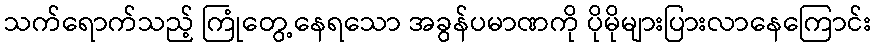
သက်ရောက်သည့် ကြုံတွေ့နေရသော အခွန်ပမာဏကို ပိုမိုများပြားလာနေကြောင်း